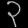
Digit: ၃